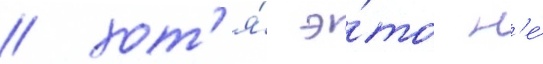
/ хот'я́ э́то н'е́